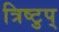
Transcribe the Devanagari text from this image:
त्रिष्टुप्‌